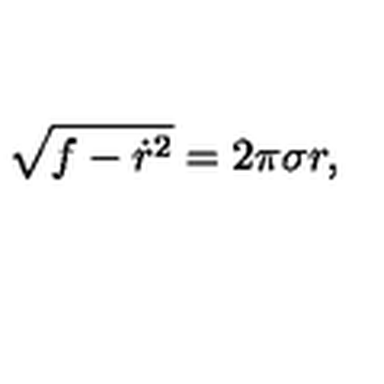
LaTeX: \sqrt { f - { \dot { r } ^ { 2 } } } = 2 \pi \sigma r ,